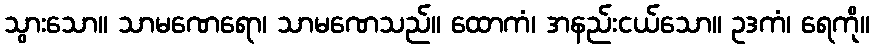
သွားသော။ သာမဏေရော၊ သာမဏေသည်။ ထောကံ၊ အနည်းငယ်သော။ ဥဒကံ၊ ရေကို။